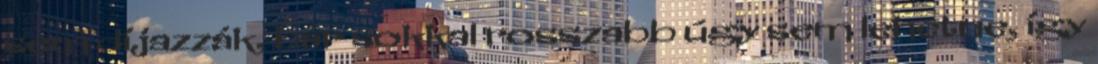
sem díjazzák, bár sokkal rosszabb úgy sem lehetne, így